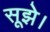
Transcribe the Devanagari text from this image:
सूझे।